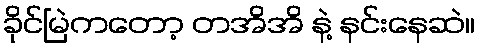
ခိုင်မြဲကတော့ တအိအိ နဲ့ နင်းနေဆဲ။